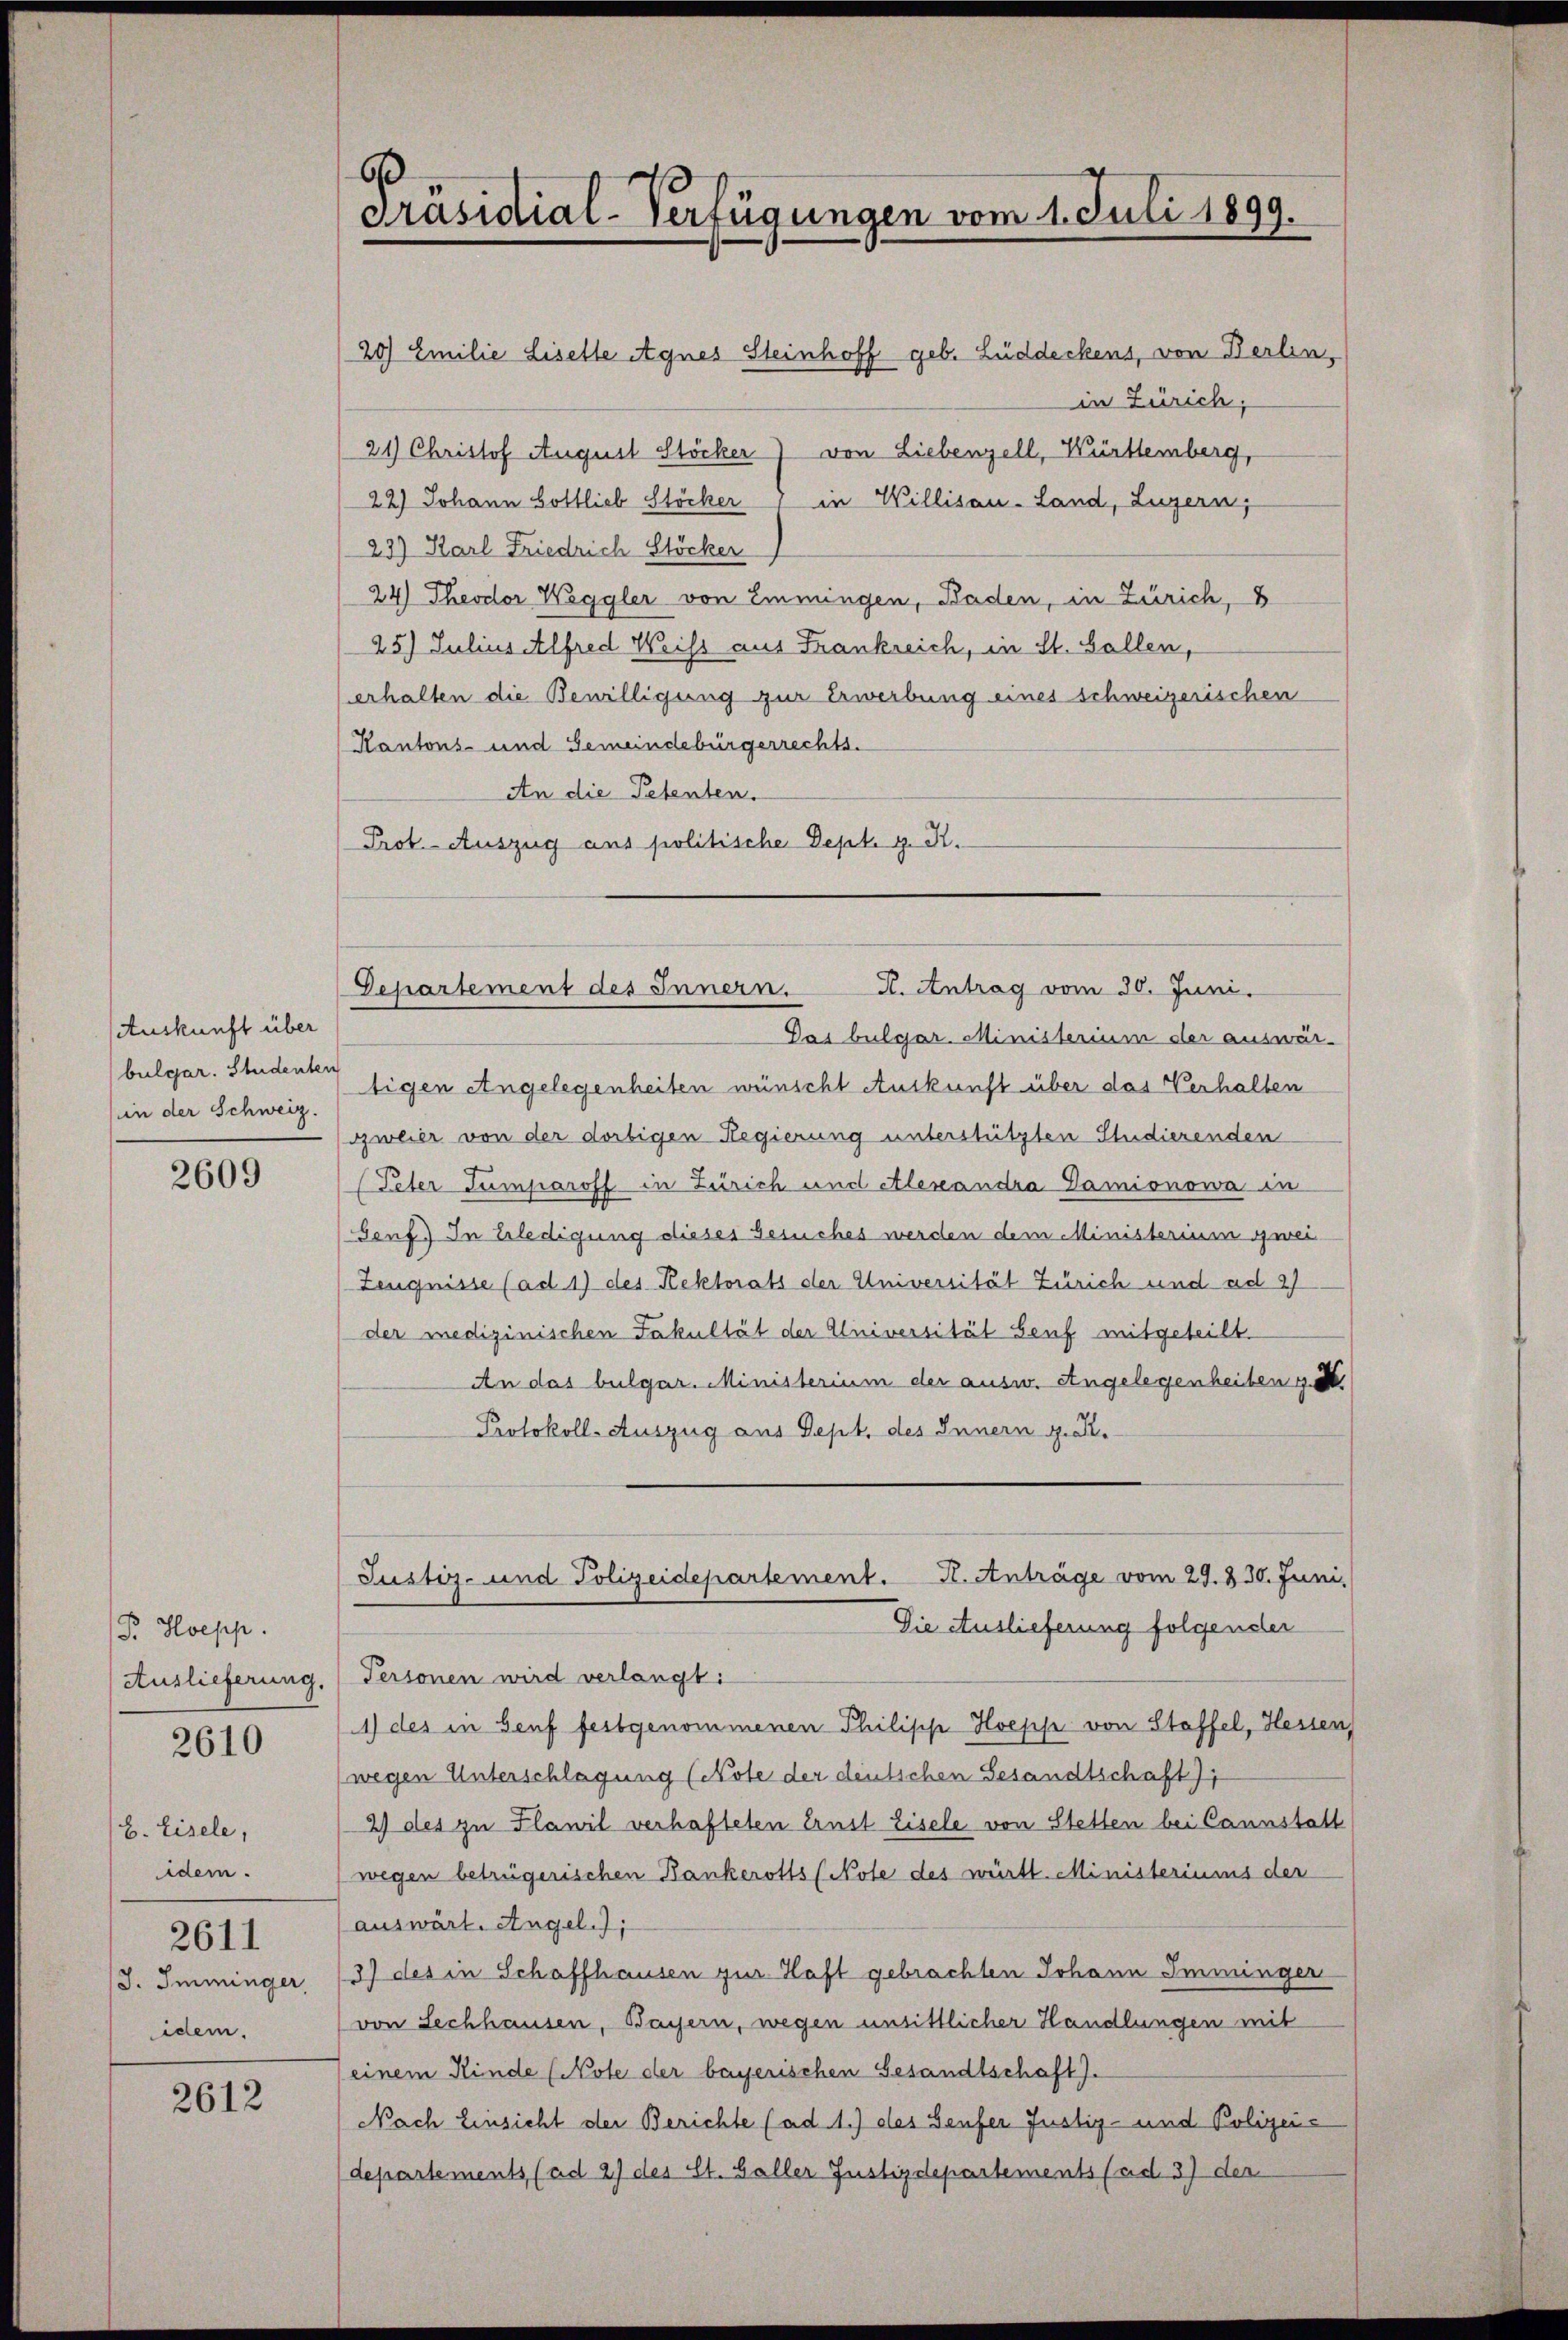
Auskunft über
bulgar. Studenter
(in der Schweiz.

2609

Pr. Hoepp.
Auslieferung.

2610

b. Eisele,
ider.
2611
J. Imminger,
idem.

2612

20) Emilie Liselle Agnes Steinhoff geb. Lüddeckens, von Berlin,
in Zürich,
21) Christof August Stöcker von Liebenzell, Württemberg,
22) Johann Gottlieb Stöcker 1 in Willisau-Land, Luzern,
23) Karl Friedrich Stöcker
24) Theodor Weggler von Emmingen, Baden, in Zürich, B
25) Julius Alfred Weiss aus Frankreich, in St. Gallen,
erhalten die Bewilligung zur Erwerbung eines schweizerischen
Kantons- und Gemeindebürgerrechts.
An die Petenten.
Prot. Auszug aus politische Dept. g. R.

Präsidial-Verfügungen vom 1. Juli 1899.

H. Antrag vom 30. Juni.
Departement des Innern.

Justiz- und Polizeidepartement. K. Anträge vom 29. 330. Juni,
Die Auslieferung folgender

Pas bulgar. Ministerium der auswärtigen Angelegenheiten wünscht Auskunft über das Verhalten
zweier von der dortigen Regierung unterstützten Studierenden
Peter Tümparoff in Zürich und Alexandra Gamionowa in
senf. In Erledigung dieses Gesuches werden dem Ministerium zwei
Zeugnisse (ad 1) des Rektorats der Universität Zürich und ad 2)
der medizinischen Fakultät der Universität Genf mitgeteilt.
An das bulgar. Ministerium der ausw. Angelegenheiten ge
Protokoll-Auszug aus Sept. des Innern z. R.
Personen wird verlangt:
1) des in Genf festgenommenen Philische Hoeppe von Staffel, Hessen,
wegen Unterschlagung (Note der deutschen Gesandtschaft)
2) des zu Flawil verhafteten Ernst Lisele von Stetten bei Cannstatt
wegen betrügerischen Bankerotts (Note des württ. Ministeriums der
auswärt. Angel.);
3) des in Schaffhausen zur Haft gebrachten Johann Imminger
von Sechhausen, Bayern, wegen unsittlicher Handlungen mit
einem Kinde (Note der bayerischen Gesandtschaft).
Nach Einsicht der Berichte (ad 1.) des Genfer Justiz- und Polizeidepartements (ad 2) des St. Galler Justizdepartements (ad 37 der